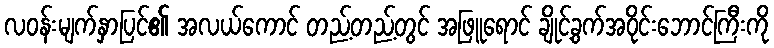
လဝန်းမျက်နှာပြင်၏ အလယ်ကောင် တည့်တည့်တွင် အဖြူရောင် ချိုင့်ခွက်အဝိုင်းဘောင်ကြီးကို